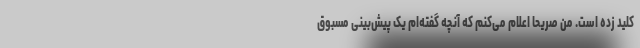
کلید زده است. من صریحاً اعلام می‌کنم که آنچه گفته‌ام یک پیش‌بینی مسبوق